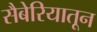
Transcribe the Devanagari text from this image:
सैबेरियातून